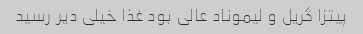
پیتزا گریل و لیموناد عالی بود غذا خیلی دیر رسید